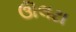
ઊલટા